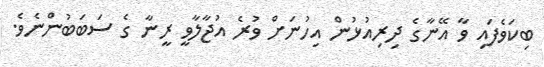
ބިކަވެފައި ވާ އޭނާގެ ދިރިއުޅުން އިހުނަށް ވުރެ އުޖާލާވީ ރީނާ ގެ ސަބަބުންނެވެ.